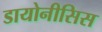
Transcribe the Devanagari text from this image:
डायोनीसिस